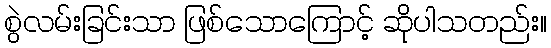
စွဲလမ်းခြင်းသာ ဖြစ်သောကြောင့် ဆိုပါသတည်း။